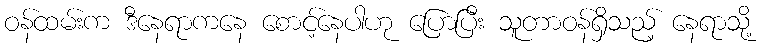
ဝန်ထမ်းက ဒီနေရာကနေ စောင့်နေပါဟု ပြောပြီး သူတာဝန်ရှိသည့် နေရာသို့